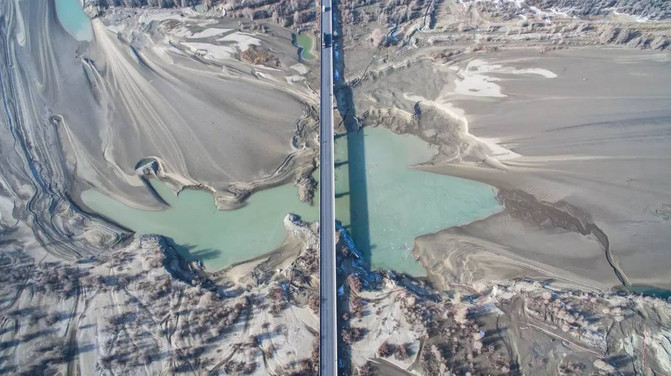
天山三丈雪，岂是远行时。